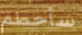
سأحطم